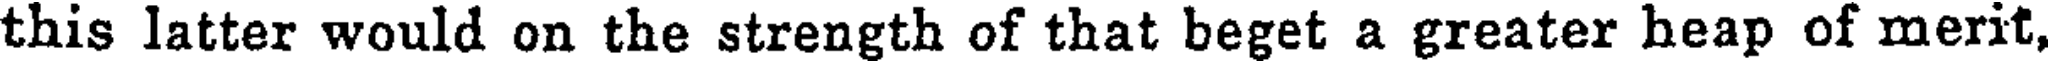
this latter would on the strength of that beget a greater heap of merit,